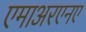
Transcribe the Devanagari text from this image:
एमाअरएनए